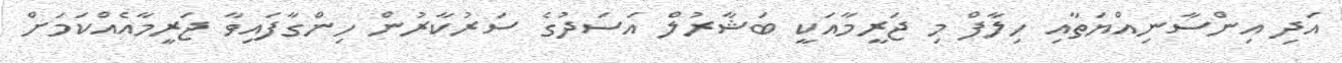
އަދި އިންސާނިއްޔަތާއި ހިލާފް މި ޖަރީމާއަކީ ބަޝާރުލް އަސަދުގެ ސަރުކާރުން ހިންގާފައިވާ ޖަރީމާއެއްކަމަށް